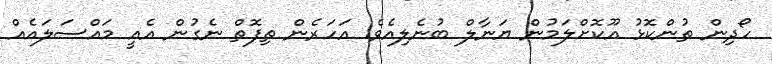
ހޯދިން ތުންކޮޅު އޫކޮށްލަމުން ޔަނާލް ބުނެލިއެވެ. އަހަރެން ތިފޮތް ނެގުން އެއީ މައްސަލައެއް